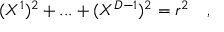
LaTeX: ( X ^ { 1 } ) ^ { 2 } + . . . + ( X ^ { D - 1 } ) ^ { 2 } = r ^ { 2 } \quad ,